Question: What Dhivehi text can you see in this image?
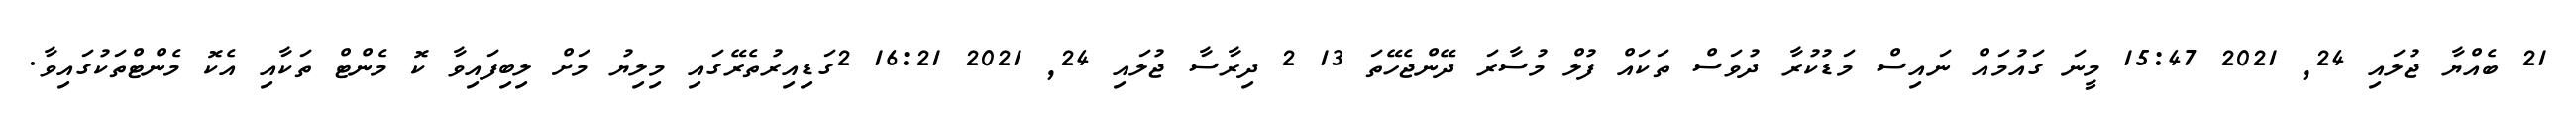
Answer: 21 ބެއްޔާ ޖުލައި 24, 2021 15:47 މީނަ ގައުމައް ނައިސް މަޑުކުރާ ދުވަސް ތަކައް ފުލް މުސާރަ ދޭންޖެހޭތަ 13 2 ދިރާސާ ޖުލައި 24, 2021 16:21 2ގަޑިއިރުތެރޭގައި މިލިޔު މަށް ލިބިފައިވާ ކޮ މެންޓް ތަކާއި އެކޮ މެންޓްތަކުގައިވާ.